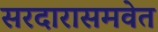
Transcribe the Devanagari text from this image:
सरदारासमवेत